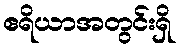
ဧရိယာအတွင်းရှိ